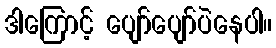
ဒါကြောင့် ပျော်ပျော်ပဲနေပါ။